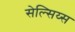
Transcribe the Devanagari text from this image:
सेल्सिय्स